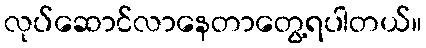
လုပ်ဆောင်လာနေတာတွေ့ရပါတယ်။